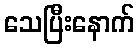
သေပြီးနောက်